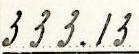
333.13